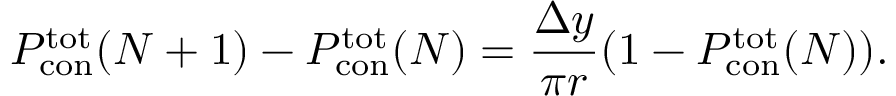
P _ { \mathrm { c o n } } ^ { \mathrm { t o t } } ( N + 1 ) - P _ { \mathrm { c o n } } ^ { \mathrm { t o t } } ( N ) = \frac { \Delta y } { \pi r } ( 1 - P _ { \mathrm { c o n } } ^ { \mathrm { t o t } } ( N ) ) .